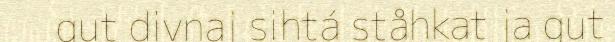
gut divnaj sihtá ståhkat ja gut